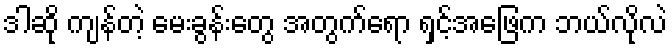
ဒါဆို ကျန်တဲ့ မေးခွန်းတွေ အတွက်ရော ရှင့်အဖြေက ဘယ်လိုလဲ